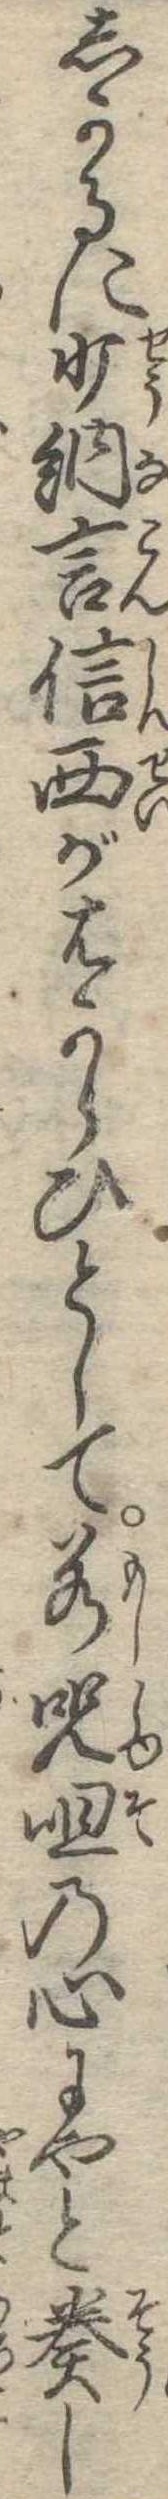
しかるに少納言信西がはからひとして若呪咀の心にやと奏し